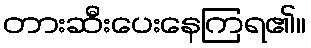
တားဆီးပေးနေကြရ၏။